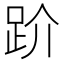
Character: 𧿩